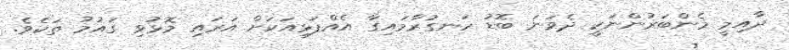
ދާއިމީ މެންބަރުންނަކީ ދެވަނަ ބޮޑު ހަނގުރާމައިގާ އެއްފަޅިއަކަށް އަރައި މޮޅުވި ގައުމު ތަކެވެ.